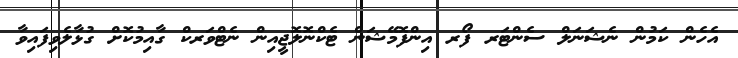
އެހެން ކަމުން ނެޝަނަލް ސެންޓަރ ފޯރ އިންފޮމޭޝަން ޓެކްނޮލޮޖީއިން ނެޓްވަރކް ގާއިމުކޮށް ގުޅާލެވިފައިވާ